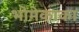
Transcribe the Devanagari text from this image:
भोमेकाका